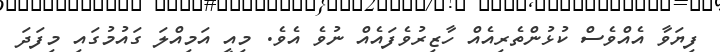
ފިޔަވާ އެއްވެސް ކުޅުންތެރިއެއް ހާޒިރުވެފައެއް ނުވެ އެވެ. މިއީ އަމިއްލަ ގައުމުގައި މިފަދަ